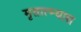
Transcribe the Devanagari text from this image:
मृतात्म्यास